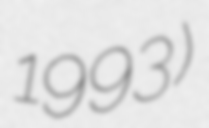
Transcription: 1993)